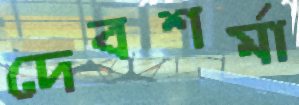
দেবশর্মা